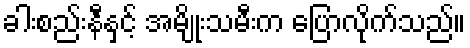
ခါးစည်းနီနှင့် အမျိုးသမီးက ပြောလိုက်သည်။